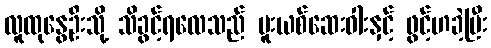
လူထုနွေဦးသို့ သိခွင့်ရလေသည် မူးယစ်ဆေးဝါးနှင့် ဖွင့်ဟခဲ့ပြီး